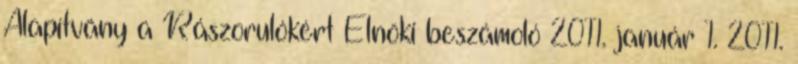
Alapítvány a Rászorulókért Elnöki beszámoló 2011. január 1. 2011.